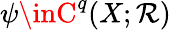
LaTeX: \psi\inC^{q}(X;\mathcal{R})